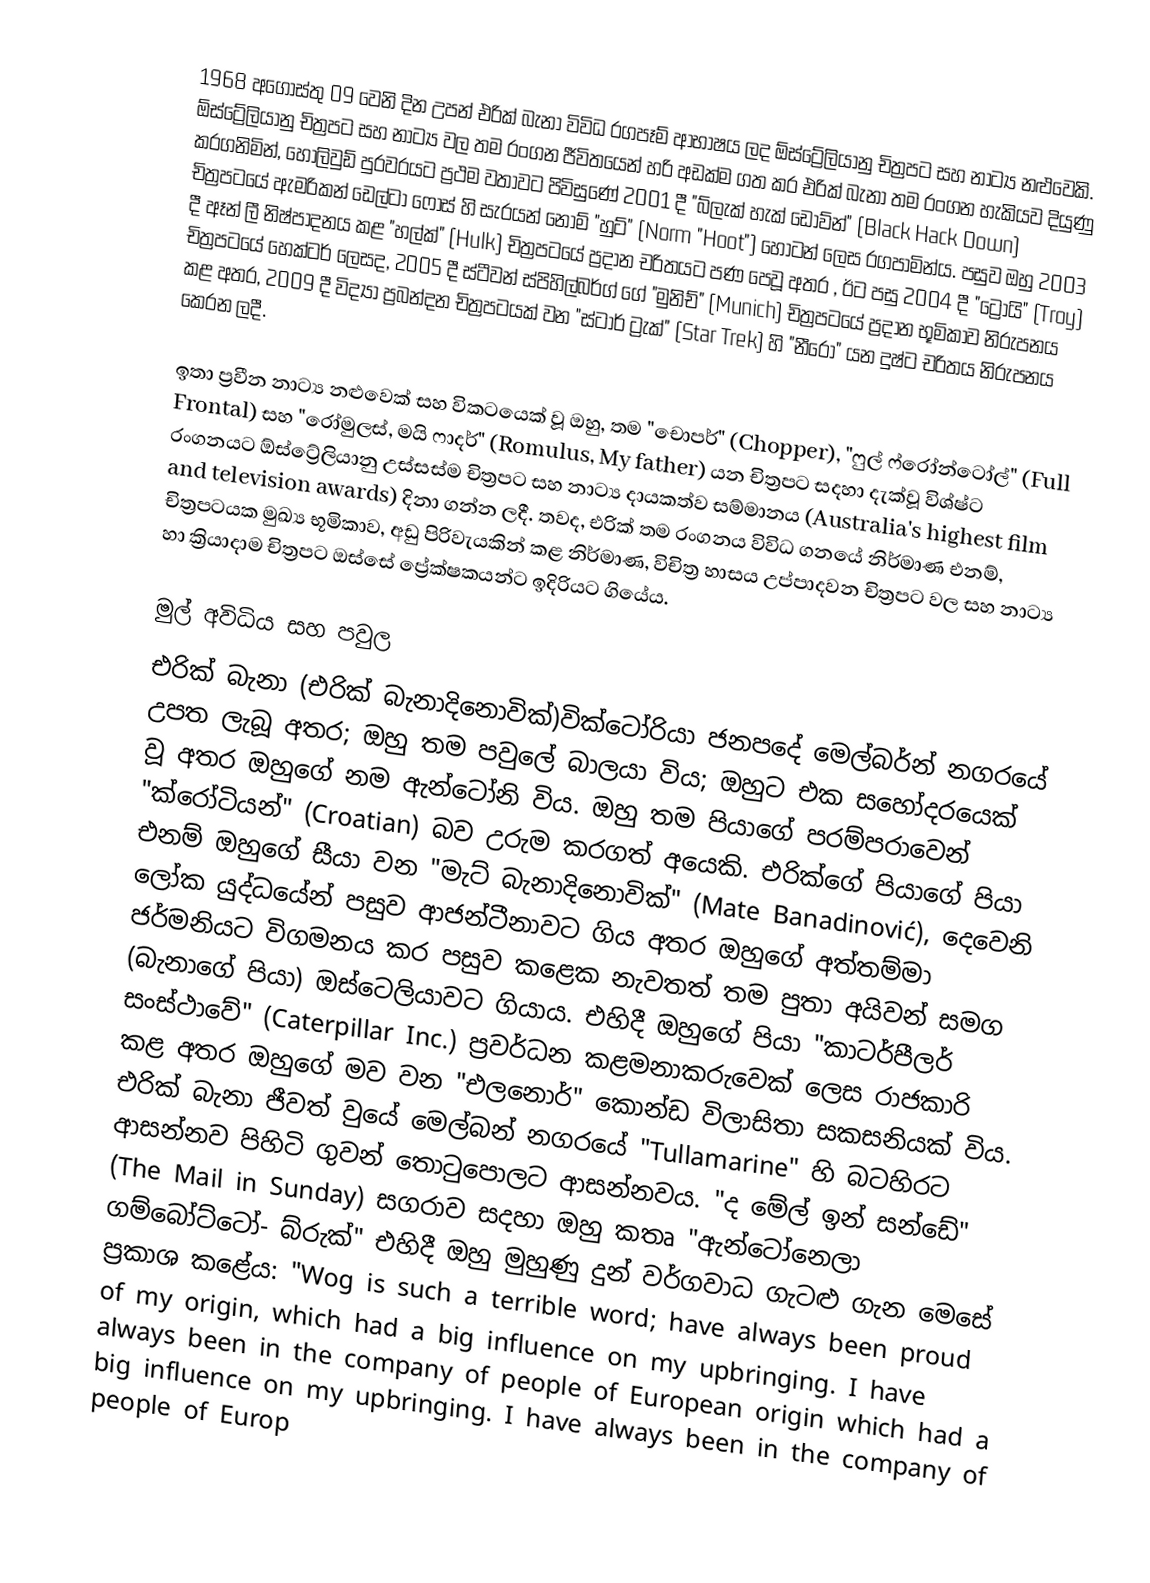
1968 අගෝස්තු 09 වෙනි දින උපන් එරික් බැනා විවිධ රගපෑම් ආභාෂය ලද ඕස්ට්‍රේලියානු චිත්‍රපට සහ නාට්‍ය නළුවෙකි. ඕස්ට්‍රේලියානු චිත්‍රපට සහ නාට්‍ය වල තම රංගන ජීවිතයෙන් හරි අඩක්ම ගත කර එරික් බැනා තම රංගන හැකියව දියුණු කරගනිමින්, හොලිවුඩ් පුරවරයට ප්‍රථම වතාවට පිවිසුණේ 2001 දී "බ්ලැක් හැක් ඩෝව්න්" (Black Hack Down) චිත්‍රපටයේ ඇමරිකන් ඩෙල්ටා ෆෝස් හි සැරයන් නොම් "හුට්‌" (Norm "Hoot") හෝටන් ලෙස රගපාමින්ය. පසුව ඔහු 2003 දී ඈන් ලී නිෂ්පාදනය කළ "හල්ක්" (Hulk) චිත්‍රපටයේ ප්‍රදාන චරිතයට පණ පෙවූ අතර , ඊට පසු 2004 දී "ට්‍රෝයි" (Troy) චිත්‍රපටයේ හෙක්ටර් ලෙසද, 2005 දී ස්ටීවන් ස්පිහිල්බර්ග් ගේ "මුනිච්" (Munich) චිත්‍රපටයේ ප්‍රදාන භූමිකාව නිරුපනය කළ අතර, 2009 දී විද්‍යා ප්‍රබන්දන චිත්‍රපටයක් වන "ස්ටාර් ට්‍රැක්" (Star Trek) හි "නීරෝ" යන දුෂ්ට චරිතය නිරුපනය කෙරන ලදී.

ඉතා ප්‍රවීන නාට්‍ය නළුවෙක් සහ විකටයෙක් වූ ඔහු, තම "චොපර්" (Chopper), "ෆුල් ෆ්රෝන්ටෝල්" (Full Frontal) සහ "රෝමුලස්‌, මයි ෆාදර්" (Romulus, My father) යන චිත්‍රපට සදහා දැක්වූ විශ්ෂ්ට රංගනයට ඕස්ට්‍රේලියානු උස්සස්ම චිත්‍රපට සහ නාට්‍ය දායකත්ව සම්මානය (Australia's highest film and television awards) දිනා ගන්න ලදී. තවද, එරික් තම රංගනය විවිධ ගනයේ නිර්මාණ එනම්, චිත්‍රපටයක මුඛ්‍ය භූමිකාව, අඩු පිරිවැයකින් කළ නිර්මාණ, විචිත්‍ර හාසය උප්පාදවන චිත්‍රපට වල සහ නාට්‍ය හා ක්‍රියාදාම චිත්‍රපට ඔස්සේ ප්‍රේක්ෂකයන්ට ඉදිරියට ගියේය.

මුල් අවිධිය සහ පවුල
එරික් බැනා (එරික් බැනාදිනොවික්)වික්ටෝරියා ජනපදේ මෙල්බර්න් නගරයේ උපත ලැබූ අතර; ඔහු තම පවුලේ බාලයා විය; ඔහුට එක සහෝදරයෙක් වූ අතර ඔහුගේ නම ඇන්ටෝනි විය. ඔහු තම පියාගේ පරම්පරාවෙන් "ක්රෝටියන්" (Croatian) බව උරුම කරගත් අයෙකි. එරික්ගේ පියාගේ පියා එනම් ඔහුගේ සීයා වන "මැට් බැනාදිනොවික්" (Mate Banadinović), දෙවෙනි ලෝක යුද්ධයේන් පසුව ආජන්ටීනාවට ගිය අතර ඔහුගේ අත්තම්මා ජර්මනියට විගමනය කර පසුව කළෙක නැවතත් තම පුතා අයිවන් සමග (බැනාගේ පියා) ඔස්ටෙලියාවට ගියාය. එහිදී ඔහුගේ පියා "කාටර්පීලර් සංස්ථාවේ" (Caterpillar Inc.) ප්‍රවර්ධන කළමනාකරුවෙක් ලෙස රාජකාරි කළ අතර ඔහුගේ මව වන "එලනොර්" කොන්ඩ විලාසිතා සකසනියක් විය. එරික් බැනා ජීවත් වුයේ මෙල්බන් නගරයේ "Tullamarine" හි බටහිරට ආසන්නව පිහිටි ගුවන් තොටුපොලට ආසන්නවය. "ද මේල් ඉන් සන්ඩේ" (The Mail in Sunday) සගරාව සදහා ඔහු කතෘ "ඇන්ටෝනෙලා ගම්බෝට්ටෝ- බ්රුක්" එහිදී ඔහු මුහුණු දුන් වර්ගවාධ ගැටළු ගැන මෙසේ ප්‍රකාශ කළේය: "Wog is such a terrible word; have always been proud of my origin, which had a big influence on my upbringing. I have always been in the company of people of European origin which had a big influence on my upbringing. I have always been in the company of people of Europ